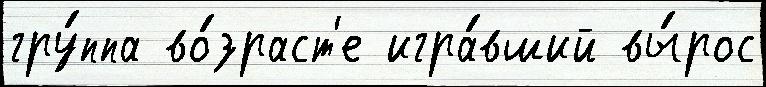
гру́ппа во́зраст'е игра́вший вы́рос